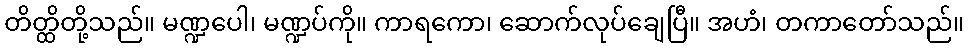
တိတ္ထိတို့သည်။ မဏ္ဍပေါ၊ မဏ္ဍပ်ကို။ ကာရကော၊ ဆောက်လုပ်ချေပြီ။ အဟံ၊ တကာတော်သည်။